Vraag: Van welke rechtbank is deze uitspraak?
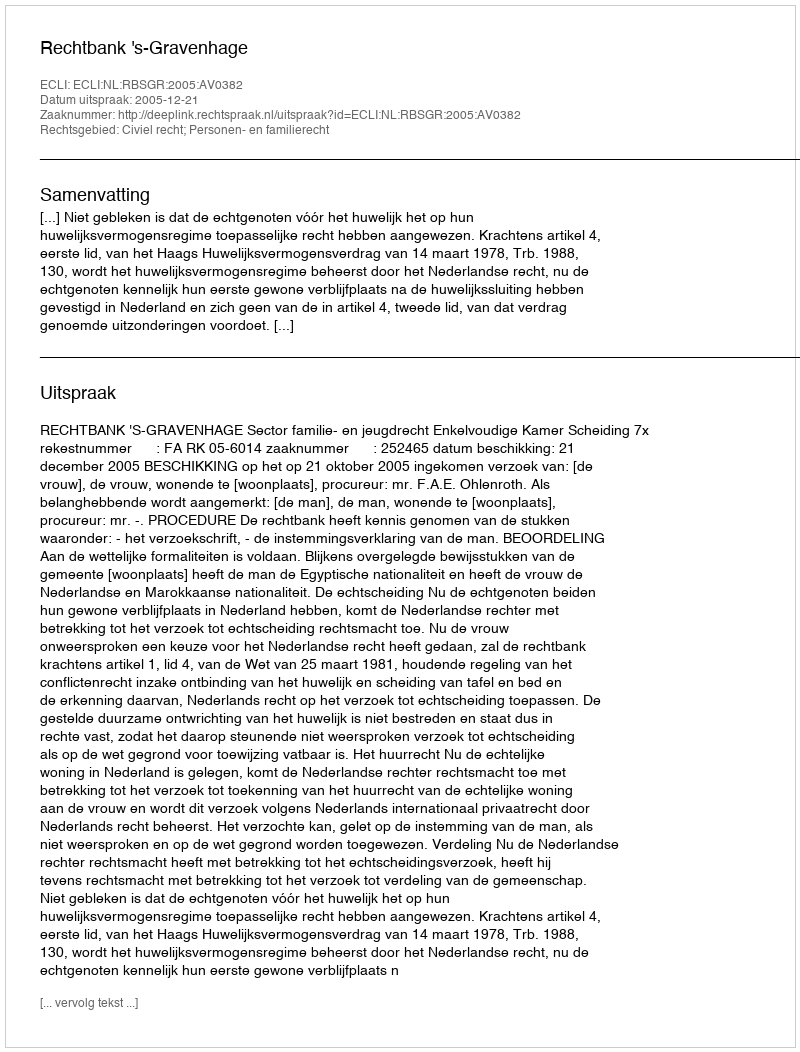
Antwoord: Rechtbank 's-Gravenhage